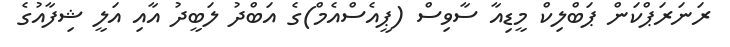
ރަނަރަޕްކަން ޕަބްލިކް މީޑިއާ ސާވިސް (ޕީއެސްއެމް)ގެ އަބްދު ލަބީދު އާއި އަލީ ޝިފާއުގެ